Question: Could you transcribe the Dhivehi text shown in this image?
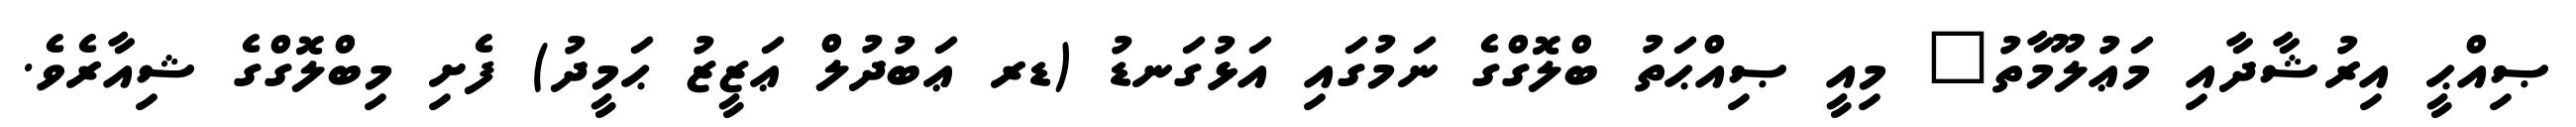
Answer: ޞިއްޙީ އިރުޝާދާއި މަޢުލޫމާތު" މިއީ ޞިއްޙަތު ބްލޮގްގެ ނަމުގައި އަޅުގަނޑު (ޑރ ޢަބުދުލް ޢަޒީޒު ޙަމީދު) ފެށި މިބްލޮގްގެ ޝިއާރެވެ.